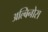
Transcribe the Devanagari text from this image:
अल्बिनोस